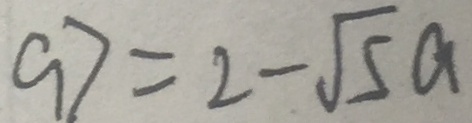
C D = 2 - \sqrt { 5 } a